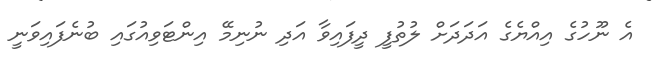
އެ ނޫހުގެ އިއްޔެގެ އަދަދަށް ލުތުފީ ދީފައިވާ އަދި ނުނިމޭ އިންޓަވިއުގައި ބުނެފައިވަނީ